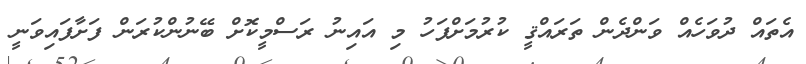
އެތައް ދުވަހެއް ވަންދެން ތަރައްޤީ ކުރުމަށްފަހު މި އައިނު ރަސްމީކޮށް ބޭނުންކުރަން ފަށާފައިވަނީ